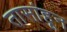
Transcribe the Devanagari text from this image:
तासांहून